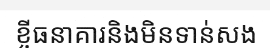
ខ្ចីធនាគារនិងមិនទាន់សង